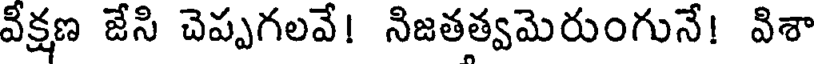
వీక్షణ జేసి చెప్పగలవే! నిజతత్వమెరుంగునే! విశా